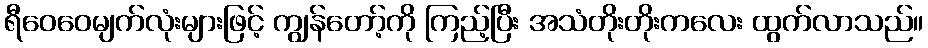
ရီဝေဝေမျက်လုံးများဖြင့် ကျွန်တော့်ကို ကြည့်ပြီး အသံတိုးတိုးကလေး ထွက်လာသည်။